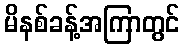
မိနစ်ခန့်အကြာတွင်